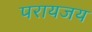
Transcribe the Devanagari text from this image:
परायजय